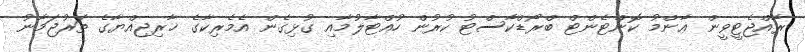
ރާއްޖެޓީވީން ޢާންމު ކޮންޓެންޓް ބްރޯޑްކާސްޓު ކުރުން ހުއްޓާލުމާއި ގުޅިގެން އެމެރިކާގެ ޚާރިޖިއްޔާގެ ތަރުޖަމާނު